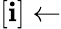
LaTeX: [\mathbf{i}]\leftarrow